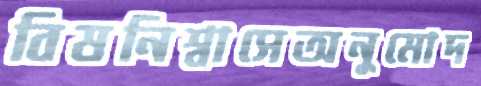
বিষনিশ্বাসেঅনুমোদ